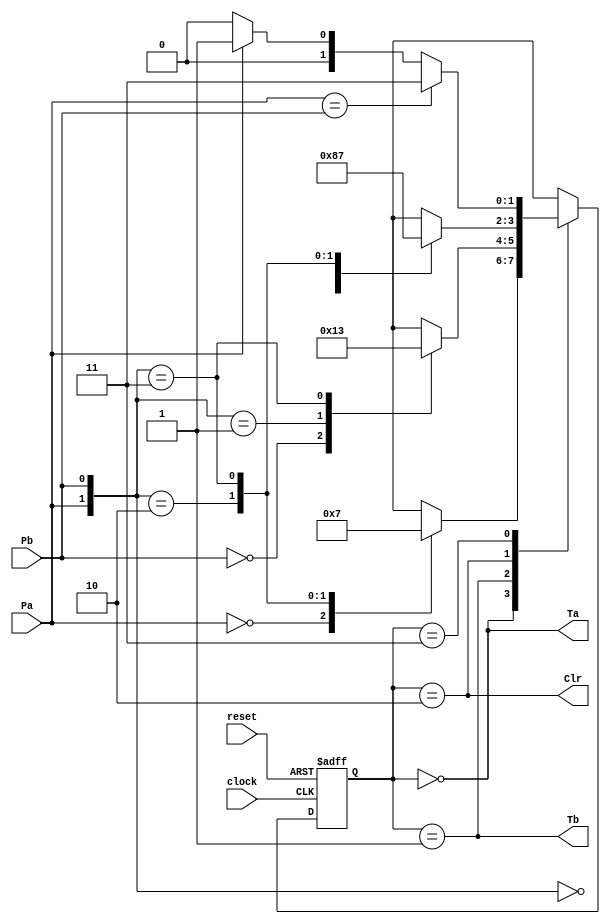
module chessclkfsm(input reset, Pa, Pb, clock,
output Ta, Tb, Clr);
//ascending state assignment
localparam RunA = 0, RunB = 1, Stop =2, Wait=3;
reg [1:0] state;
//combined state register and next state sequential block
always @(posedge clock or posedge reset)
begin
if (reset)
state <= Stop;
else
case (state)
RunA:
casex({Pa, Pb})
2'b0x: state <= RunA;
2'b10: state <= RunB;
2'b11: state <= Wait;
endcase
RunB:
casex ({Pa, Pb})
    2'bx0: state <= RunB;
    2'b01: state <= RunA;
    2'b11: state <= Wait;
endcase
Stop:
case ({Pa, Pb})
2'b00: state <= Stop;
2'b01: state <= RunA;
2'b10: state <= RunB;
2'b11: state <= Wait;
endcase
Wait:
if (Pa == Pb)
state <= Wait;
else if (Pa == 1'b1)
state <= RunB;
else
state <= RunA;
    endcase
end
//Moore output assignments depend only on state
assign Ta = state == RunA;
assign Tb = state == RunB;
assign Clr = state == Stop;
endmodule